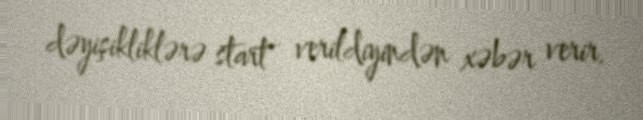
dəyişikliklərə start verildiyindən xəbər verir.